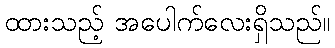
ထားသည့် အပေါက်လေးရှိသည်။